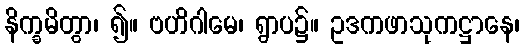
နိက္ခမိတွာ၊ ၍။ ဗဟိဂါမေ၊ ရွာပ၌။ ဥဒကဖာသုကဋ္ဌာနေ၊